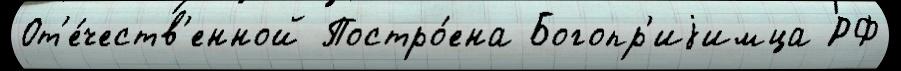
От'е́честв'енной Постро́ена Богопр'иjимца РФ